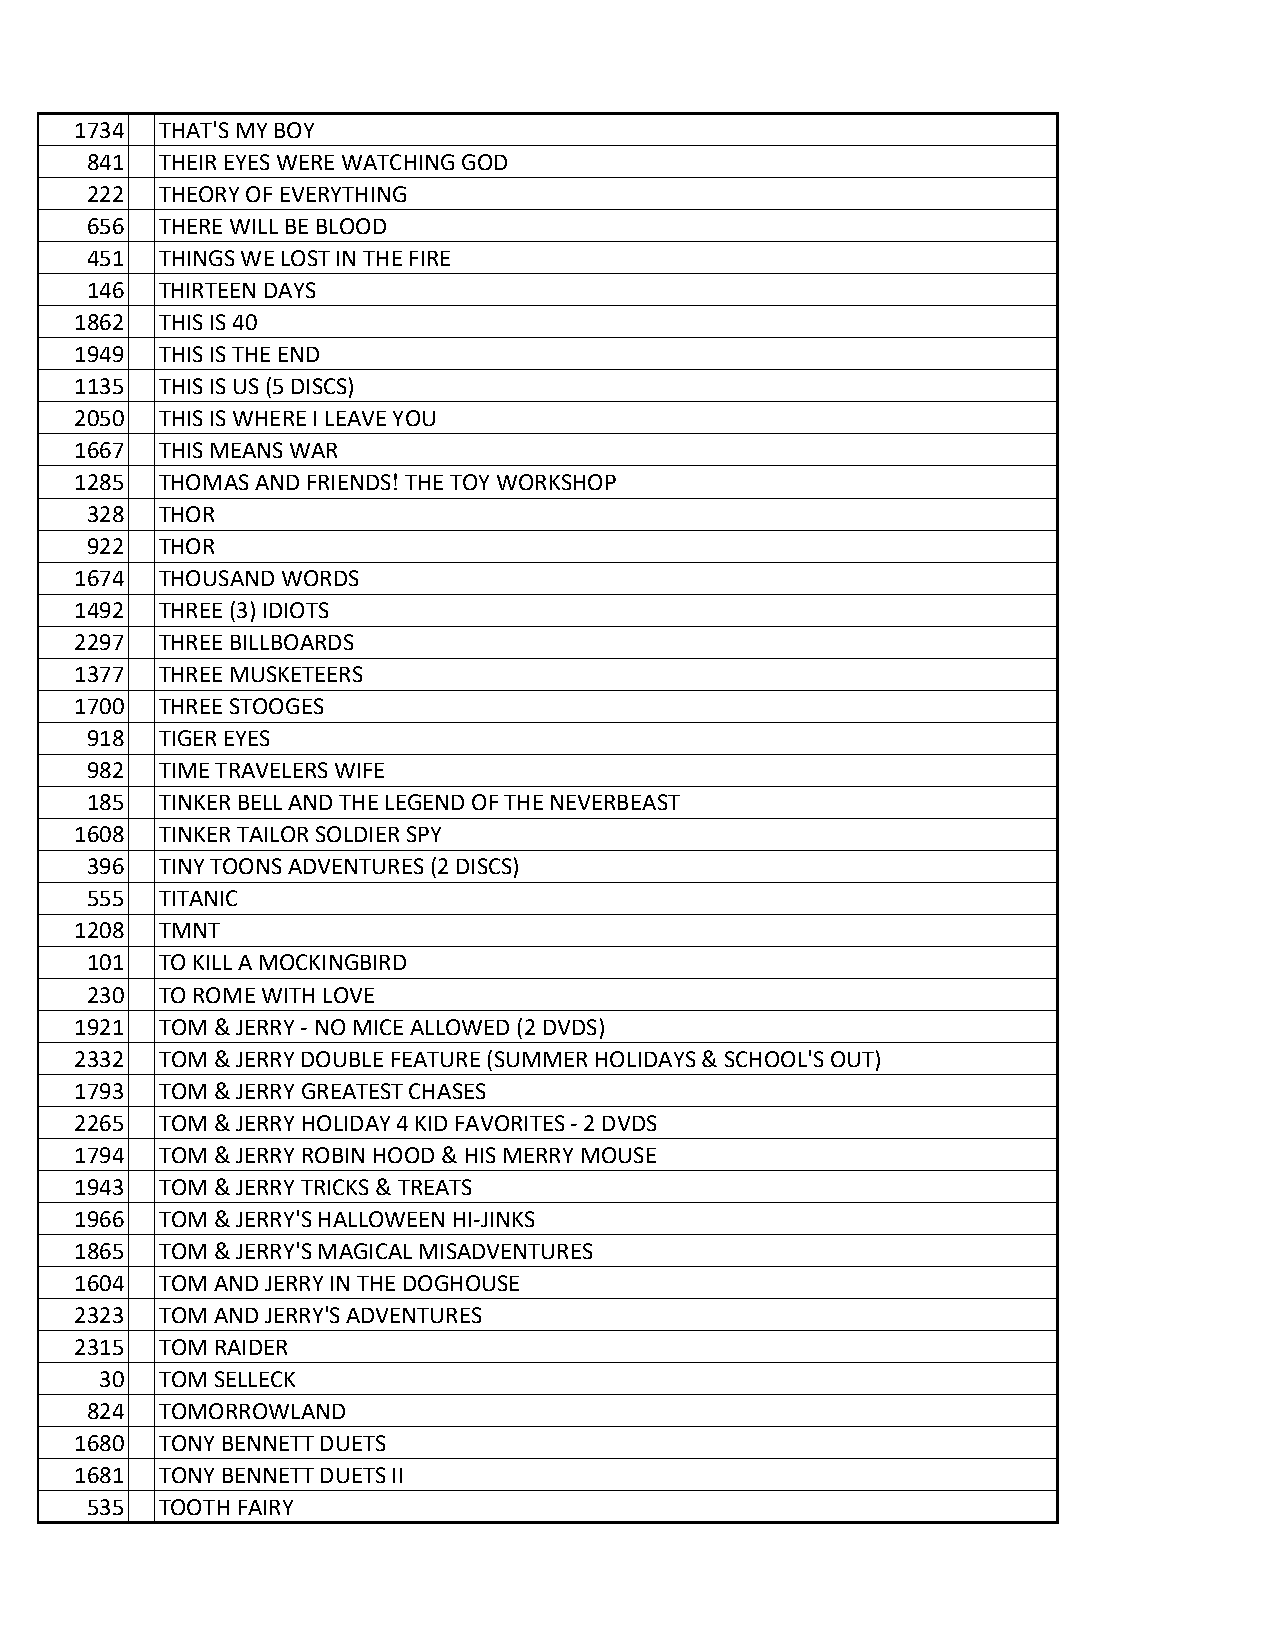
1734 THAT'S MY BOY
 841 THEIR EYES WERE WATCHING GOD
 222 THEORY OF EVERYTHING
 656 THERE WILL BE BLOOD
 451 THINGS WE LOST IN THE FIRE
 146 THIRTEEN DAYS
 1862 THIS IS 40
 1949 THIS IS THE END
 1135 THIS IS US (5 DISCS)
 2050 THIS IS WHERE I LEAVE YOU
 1667 THIS MEANS WAR
 1285 THOMAS AND FRIENDS! THE TOY WORKSHOP
 328 THOR
 922 THOR
 1674 THOUSAND WORDS
 1492 THREE (3) IDIOTS
 2297 THREE BILLBOARDS
 1377 THREE MUSKETEERS
 1700 THREE STOOGES
 918 TIGER EYES
 982 TIME TRAVELERS WIFE
 185 TINKER BELL AND THE LEGEND OF THE NEVERBEAST
 1608 TINKER TAILOR SOLDIER SPY
 396 TINY TOONS ADVENTURES (2 DISCS)
 555 TITANIC
 1208 TMNT
 101 TO KILL A MOCKINGBIRD
 230 TO ROME WITH LOVE
 1921 TOM & JERRY - NO MICE ALLOWED (2 DVDS)
 2332 TOM & JERRY DOUBLE FEATURE (SUMMER HOLIDAYS & SCHOOL'S OUT)
 1793 TOM & JERRY GREATEST CHASES
 2265 TOM & JERRY HOLIDAY 4 KID FAVORITES - 2 DVDS
 1794 TOM & JERRY ROBIN HOOD & HIS MERRY MOUSE
 1943 TOM & JERRY TRICKS & TREATS
 1966 TOM & JERRY'S HALLOWEEN HI-JINKS
 1865 TOM & JERRY'S MAGICAL MISADVENTURES
 1604 TOM AND JERRY IN THE DOGHOUSE
 2323 TOM AND JERRY'S ADVENTURES
 2315 TOM RAIDER
 30 TOM SELLECK
 824 TOMORROWLAND
 1680 TONY BENNETT DUETS
 1681 TONY BENNETT DUETS II
 535 TOOTH FAIRY